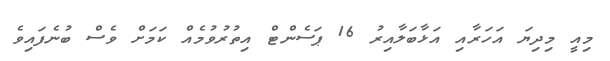
މިއީ މިދިޔަ އަހަރާއި އަޅާބަލާއިރު 16 ޕަސެންޓް އިތުރުވުމެއް ކަމަށް ވެސް ބުނެފައިވެ